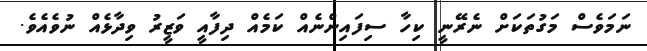
ނަމަވެސް މަގުތަކަށް ނެރޭނީ ކިހާ ސިފައިންނެއް ކަމެއް ދިފާއީ ވަޒީރު ވިދާޅެއް ނުވެއެވެ.